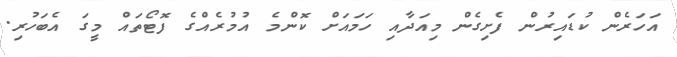
އަހަރެން ކުޑައިރުން ފެށިގެން މިއަދާއި ހަމައަށް ކޮންމެ އުމުރެއްގެ ފޮޓޯތައް މީގަ އެބަހުރި.